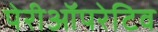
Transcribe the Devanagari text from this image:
पेरीऑपरेटिव